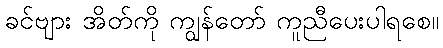
ခင်ဗျား အိတ်ကို ကျွန်တော် ကူညီပေးပါရစေ။